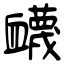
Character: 衊